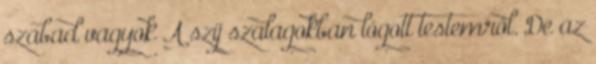
szabad vagyok A szíj szalagokban lógott testemről. De az